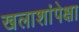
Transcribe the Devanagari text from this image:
खलाशांपेक्षा